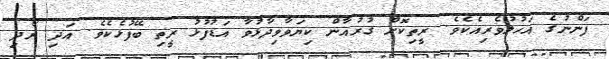
ފަންނުގެ އަހުލުވެރިއެކެވެ. ރީތިކޮށް ގުރުއާން ކިޔަވާވިދާޅުވާ އަޑުފުޅު ރީތި ބޭފުޅެކެވެ. އަދި ރޯދި